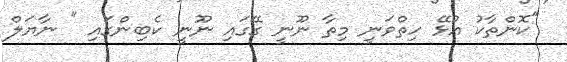
"ކޮންތާކު އުޅޭ ހިތްވަނީ މިތާ ނޫނީ ގޭގައި ނޫނީ ކެބިންގައި " ނާޔަލް